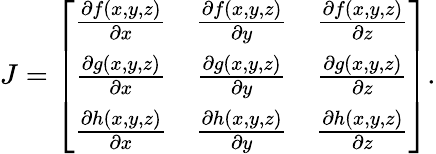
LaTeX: J=\left[\begin{array}{ccc}{\frac{\partial f(x,y,z)}{\partial x}}&{\frac{\partial f(x,y,z)}{\partial y}}&{\frac{\partial f(x,y,z)}{\partial z}}\\ {\frac{\partial g(x,y,z)}{\partial x}}&{\frac{\partial g(x,y,z)}{\partial y}}&{\frac{\partial g(x,y,z)}{\partial z}}\\ {\frac{\partial h(x,y,z)}{\partial x}}&{\frac{\partial h(x,y,z)}{\partial y}}&{\frac{\partial h(x,y,z)}{\partial z}}\end{array}\right].